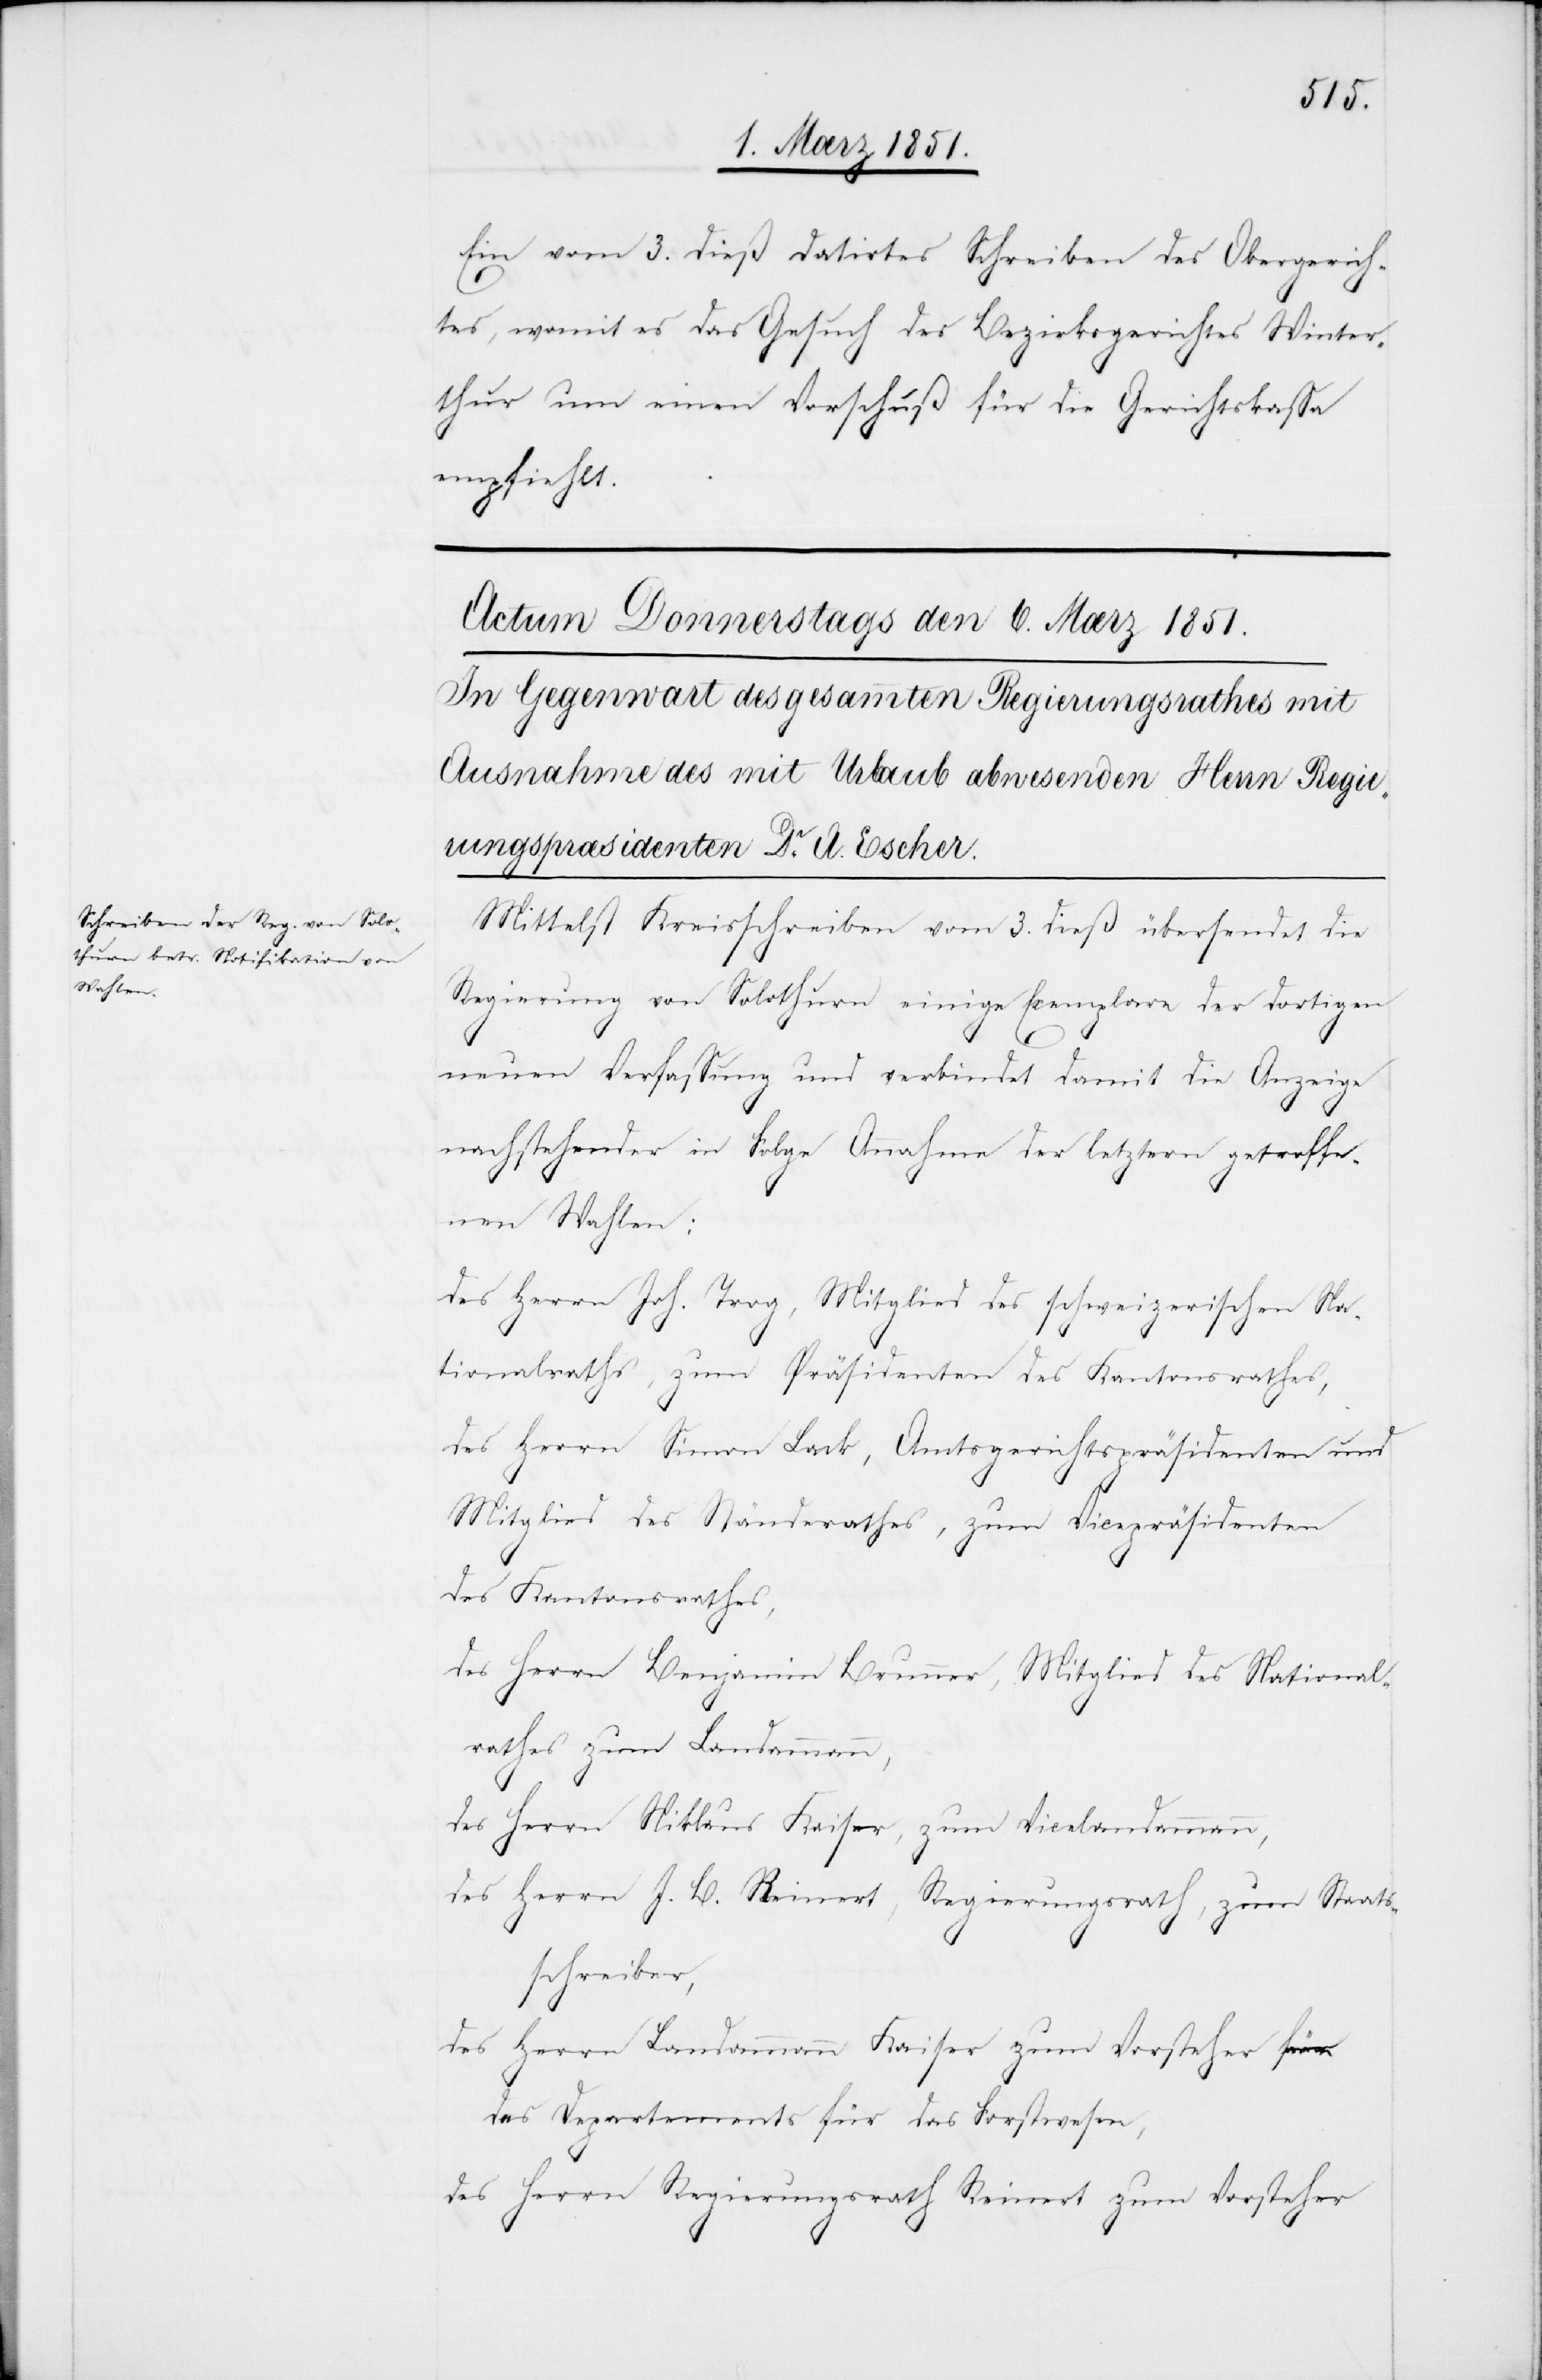
Ein vom 3. dieß datirtes Schreiben des Obergerich¬
tes, womit es das Gesuch des Bezirksgerichtes Winter¬
thur um einen Vorschuß für die Gerichtskassa
empfiehlt.
Mittelst Kreisschreiben vom 3. dieß übersendet die
Regierung von Solothurn einige Exemplare der dortigen
neuen Verfassung und verbindet damit die Anzeige
nachstehender in Folge Annahme der letztern getroffe¬
nen Wahlen:
des Herrn Joh. Trog, Mitglied des schweizerischen Na¬
tionalraths, zum Präsidenten des Kantonsrathes,
des Herrn Simon Lack, Amtsgerichtspräsidenten und
Mitglied des Ständerathes, zum Vicepräsidenten
des Kantonsrathes,
des Herrn Benjamin Brunner, Mitglied des National¬
rathes zum Landammann,
des Herrn Niklaus Kaiser, zum Vicelandammann,
des Herrn J. B. Reinert, Regierungsrath, zum Staats¬
schreiber,
des Herrn Landammann Kaiser zum Vorsteher d¬
es Departements für das Forstwesen,
des Herrn Regierungsrath Reinert zum Vorsteher